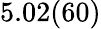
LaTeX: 5.02(60)